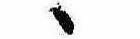
ゝ